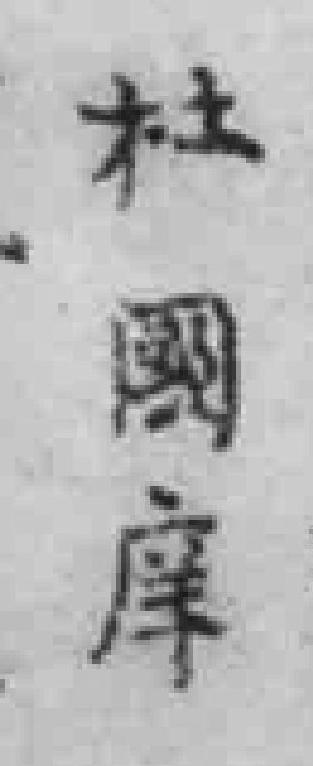
杜國庠